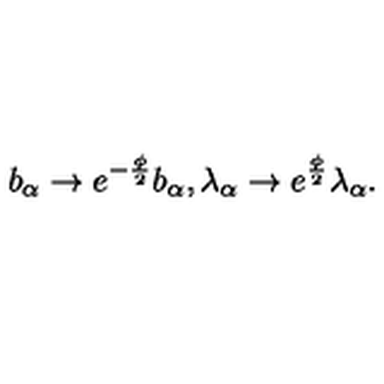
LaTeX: b _ { \alpha } \to e ^ { - \frac { \phi } { 2 } } b _ { \alpha } , \lambda _ { \alpha } \to e ^ { \frac { \phi } { 2 } } \lambda _ { \alpha } .